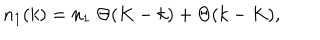
n _ { 1 } ( k ) = n _ { 1 } \; \Theta ( K - k ) + \Theta ( k - K ) ,